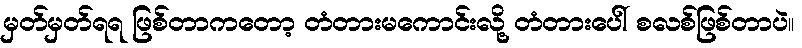
မှတ်မှတ်ရရ ဖြစ်တာကတော့ တံတားမကောင်းလို့ တံတားပေါ် စလစ်ဖြစ်တာပဲ။